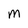
Character: M